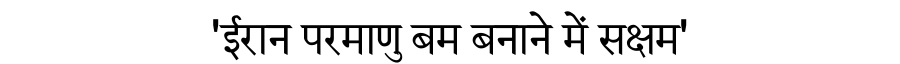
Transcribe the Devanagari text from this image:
'ईरान परमाणु बम बनाने में सक्षम'